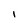
Character: l